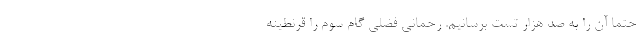
حتما آن را به صد هزار تست برسانیم. رحمانی فضلی گام سوم را قرنطینه